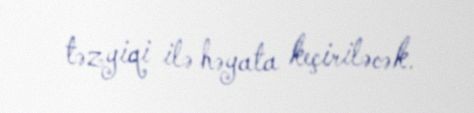
təzyiqi ilə həyata keçiriləcək.